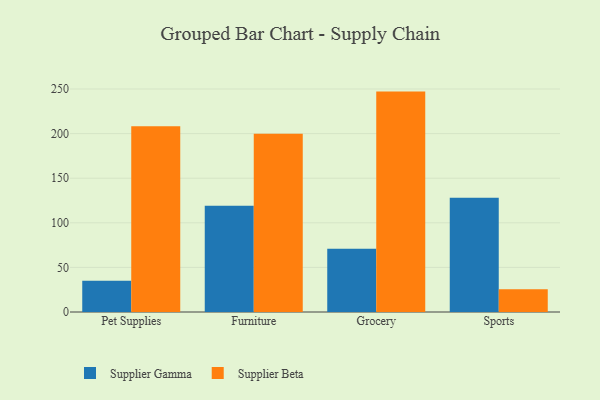
{"axis": {"x": "Category", "y": "Budget (USD K)"}, "legend": ["Supplier Beta", "Supplier Gamma"], "data": [{"x": "Pet Supplies", "y": 35.1, "type": "Supplier Gamma"}, {"x": "Pet Supplies", "y": 208.3, "type": "Supplier Beta"}, {"x": "Furniture", "y": 119.1, "type": "Supplier Gamma"}, {"x": "Furniture", "y": 199.9, "type": "Supplier Beta"}, {"x": "Grocery", "y": 71.0, "type": "Supplier Gamma"}, {"x": "Grocery", "y": 247.1, "type": "Supplier Beta"}, {"x": "Sports", "y": 128.2, "type": "Supplier Gamma"}, {"x": "Sports", "y": 25.5, "type": "Supplier Beta"}]}